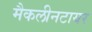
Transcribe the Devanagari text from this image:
मैकलीनटायर